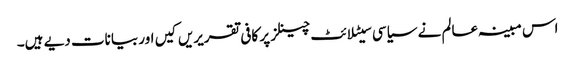
اس مبینہ عالم نے سیاسی سیٹلائٹ چینلز پر کافی تقریریں کیں اور بیانات دیے ہیں۔